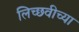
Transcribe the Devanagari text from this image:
लिच्छवीच्या